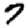
Digit: 7